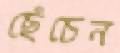
ছেঁচেন